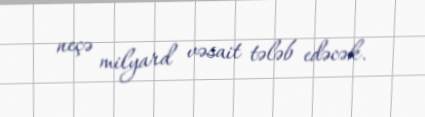
neçə milyard vəsait tələb edəcək.